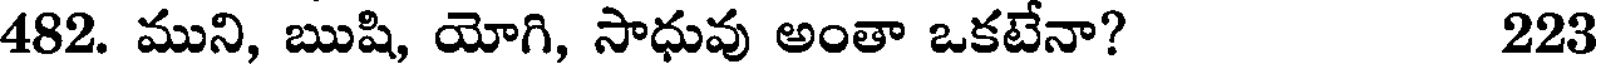
482. ముని, ఋషి, యోగి, సాధువు అంతా ఒకటేనా? 223